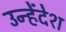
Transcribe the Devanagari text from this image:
उन्हेंदेश